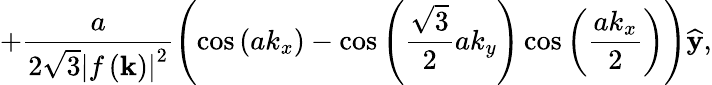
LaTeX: +\frac{a}{2\sqrt{3}\left\vert f\left(\mathbf{k}\right)\right\vert^{2}}\left(\cos\left(ak_{x}\right)-\cos\left(\frac{\sqrt{3}}{2}ak_{y}\right)\cos\left(\frac{ak_{x}}{2}\right)\right)\widehat{\mathbf{y}},